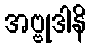
အဗ္ဗုဒါနိ